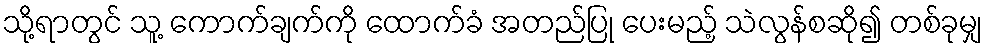
သို့ရာတွင် သူ့ ကောက်ချက်ကို ထောက်ခံ အတည်ပြု ပေးမည့် သဲလွန်စဆို၍ တစ်ခုမျှ